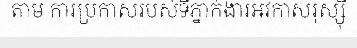
តាម ការប្រកាសរបស់ទីភ្នាក់ងារអវកាសរុស្ស៊ី